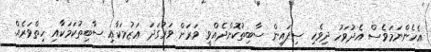
އެހެންނަމަވެސް އެދުވަހު ދިވެހި ސިފައިން ސާބިތުކޮށްދެއްވީ ވަރަށް ވަރުގަދަ ޢަޒުމަކާއި ސާބިތުކަމަކާއި ހިތްވަރެއް.